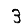
Digit: 3